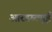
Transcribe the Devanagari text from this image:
आरडब्ल्यूई